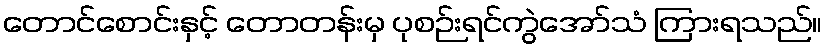
တောင်စောင်းနှင့် တောတန်းမှ ပုစဉ်းရင်ကွဲအော်သံ ကြားရသည်။